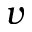
v